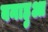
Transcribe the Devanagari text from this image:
बनाहुआ